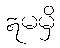
ဣမမှိ